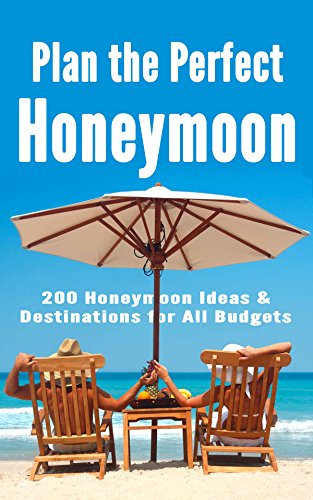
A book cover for Plan the Perfect Honeymoon: 200 Honeymoon Ideas & Destinations for All Budgets; Robert Fairbanks; Crafts, Hobbies & Home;